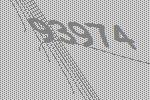
93974